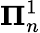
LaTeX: \mathbf{\Pi}_{n}^{1}